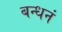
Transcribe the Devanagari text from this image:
बन्धनं